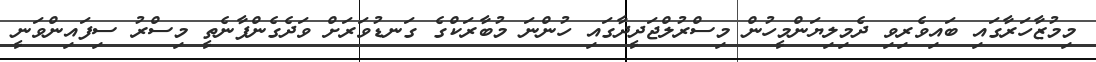
މިމުޒާހަރާގައި ބައިވެރިވި ދެމިލިޔަންމީހުން މިސްރުލްޖަދީދާގައި ހުންނަ މުބާރަކްގެ ގަނޑުވަރަށް ވަދެގެންފާނެތީ މިސްރު ސިފައިންވަނީ